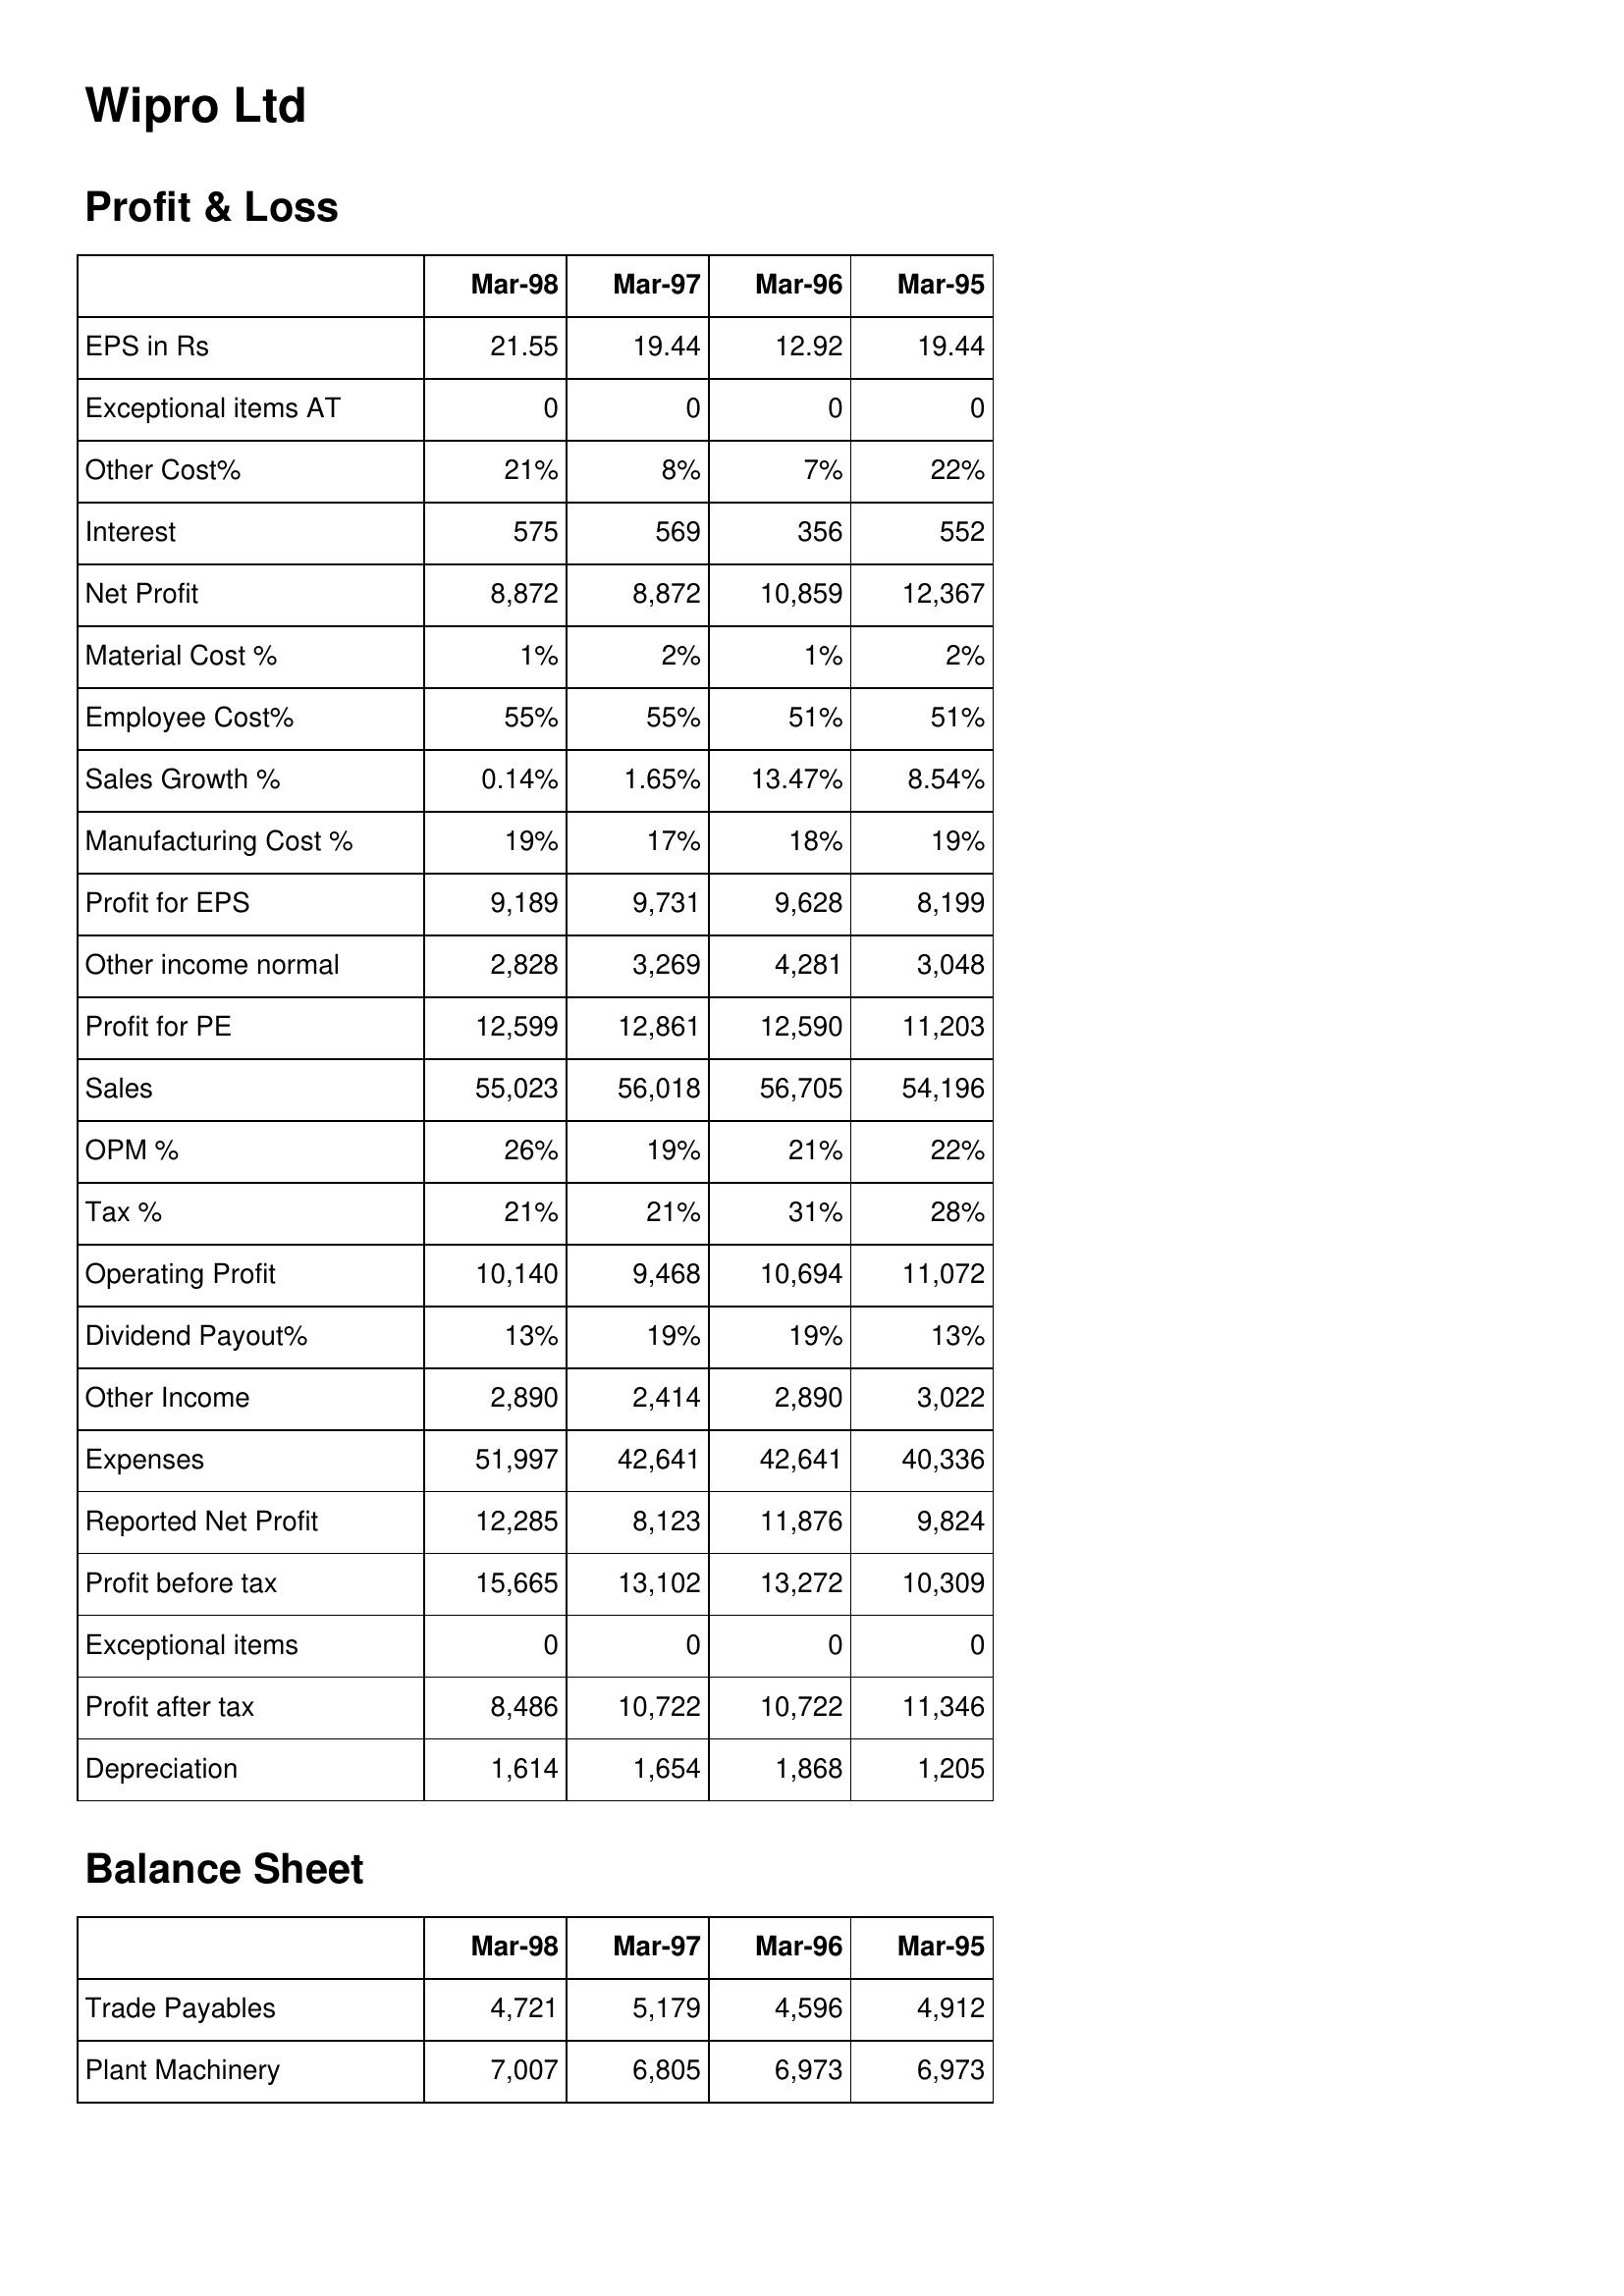
Mar-98: Profit & Loss: EPS in Rs: 21.55
Exceptional items AT: 0
Other Cost%: 21%
Interest: 575
Net Profit: 8,872
Material Cost %: 1%
Employee Cost%: 55%
Sales Growth %: 0.14%
Manufacturing Cost %: 19%
Profit for EPS: 9,189
Other income normal: 2,828
Profit for PE: 12,599
Sales: 55,023
OPM %: 26%
Tax %: 21%
Operating Profit: 10,140
Dividend Payout%: 13%
Other Income: 2,890
Expenses: 51,997
Reported Net Profit: 12,285
Profit before tax: 15,665
Exceptional items: 0
Profit after tax: 8,486
Depreciation: 1,614
Balance Sheet: Trade Payables: 4,721
Plant Machinery: 7,007
Mar-97: Profit & Loss: EPS in Rs: 19.44
Exceptional items AT: 0
Other Cost%: 8%
Interest: 569
Net Profit: 8,872
Material Cost %: 2%
Employee Cost%: 55%
Sales Growth %: 1.65%
Manufacturing Cost %: 17%
Profit for EPS: 9,731
Other income normal: 3,269
Profit for PE: 12,861
Sales: 56,018
OPM %: 19%
Tax %: 21%
Operating Profit: 9,468
Dividend Payout%: 19%
Other Income: 2,414
Expenses: 42,641
Reported Net Profit: 8,123
Profit before tax: 13,102
Exceptional items: 0
Profit after tax: 10,722
Depreciation: 1,654
Balance Sheet: Trade Payables: 5,179
Plant Machinery: 6,805
Mar-96: Profit & Loss: EPS in Rs: 12.92
Exceptional items AT: 0
Other Cost%: 7%
Interest: 356
Net Profit: 10,859
Material Cost %: 1%
Employee Cost%: 51%
Sales Growth %: 13.47%
Manufacturing Cost %: 18%
Profit for EPS: 9,628
Other income normal: 4,281
Profit for PE: 12,590
Sales: 56,705
OPM %: 21%
Tax %: 31%
Operating Profit: 10,694
Dividend Payout%: 19%
Other Income: 2,890
Expenses: 42,641
Reported Net Profit: 11,876
Profit before tax: 13,272
Exceptional items: 0
Profit after tax: 10,722
Depreciation: 1,868
Balance Sheet: Trade Payables: 4,596
Plant Machinery: 6,973
Mar-95: Profit & Loss: EPS in Rs: 19.44
Exceptional items AT: 0
Other Cost%: 22%
Interest: 552
Net Profit: 12,367
Material Cost %: 2%
Employee Cost%: 51%
Sales Growth %: 8.54%
Manufacturing Cost %: 19%
Profit for EPS: 8,199
Other income normal: 3,048
Profit for PE: 11,203
Sales: 54,196
OPM %: 22%
Tax %: 28%
Operating Profit: 11,072
Dividend Payout%: 13%
Other Income: 3,022
Expenses: 40,336
Reported Net Profit: 9,824
Profit before tax: 10,309
Exceptional items: 0
Profit after tax: 11,346
Depreciation: 1,205
Balance Sheet: Trade Payables: 4,912
Plant Machinery: 6,973